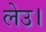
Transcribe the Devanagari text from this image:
लेउ।